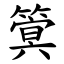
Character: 䈿